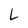
Character: L